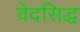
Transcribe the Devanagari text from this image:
वेदसिद्ध